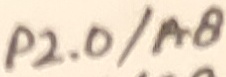
Text: P2.0/A8